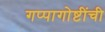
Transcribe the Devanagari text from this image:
गप्पागोष्टींची